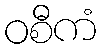
ဝစီကံ